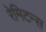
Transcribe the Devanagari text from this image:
रेमिटन्स